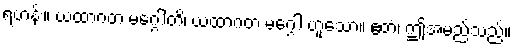
ရဟန်း။ ယထာဂတ မဂ္ဂေါတိ၊ ယထာဂတ မဂ္ဂေါ ဟူသော။ ဧတံ၊ ဤအမည်သည်။